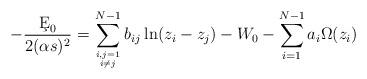
LaTeX: \begin{align*}- {\c E _0\over2(\alpha s)^2} = \sum_{{i,j=1\atop i\not=j}}^{N-1} b_{ij} \ln (z_i-z_j ) - W_0 - \sum _ {i=1}^{N-1} a_i \Omega (z_i)\end{align*}